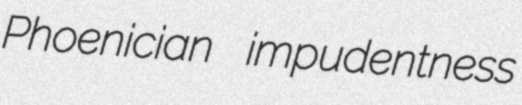
Phoenician impudentness